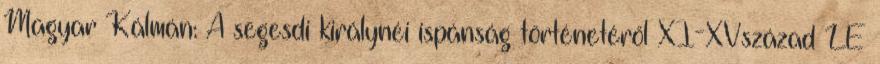
Magyar Kálmán: A segesdi királynéi ispánság történetéről XI-XVszázad LÉ